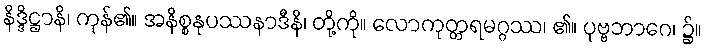
နိဒ္ဒိဋ္ဌာနိ၊ ကုန်၏။ အနိစ္စနုပဿနာဒီနိ၊ တို့ကို။ လောကုတ္တရမဂ္ဂဿ၊ ၏။ ပုဗ္ဗဘာဂေ၊ ၌။